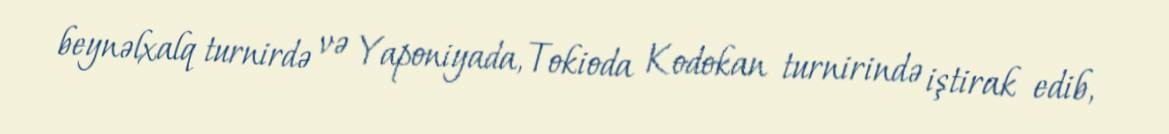
beynəlxalq turnirdə və Yaponiyada, Tokioda Kodokan turnirində iştirak edib,